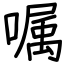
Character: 嘱